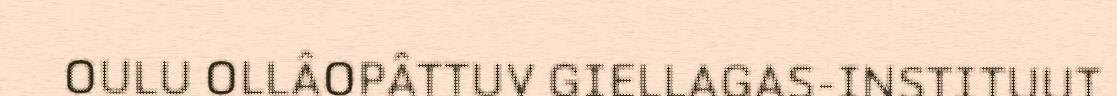
OULU OLLÂOPÂTTUV GIELLAGAS-INSTITUUT